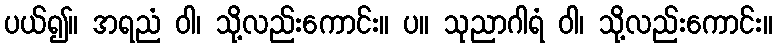
ပယ်၍။ အရညံ ဝါ၊ သို့လည်းကောင်း။ ပ။ သုညာဂါရံ ဝါ၊ သို့လည်းကောင်း။